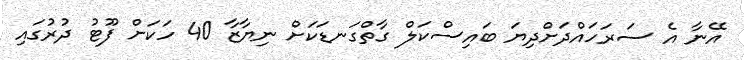
އޭނާ އެ ސަރަހައްދަށްދިޔަ ބައިސްކަލް ގާތްގަނޑަކަށް ނިޔާޒާ 40 ހަކަށް ފޫޓު ދުރުގައި